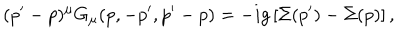
( p ^ { \prime } - p ) ^ { \mu } G _ { \mu } ( p , - p ^ { \prime } , p ^ { \prime } - p ) = - i g \, [ \Sigma ( p ^ { \prime } ) - \Sigma ( p ) ] \, ,